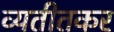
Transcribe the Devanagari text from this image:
व्यतीतकर